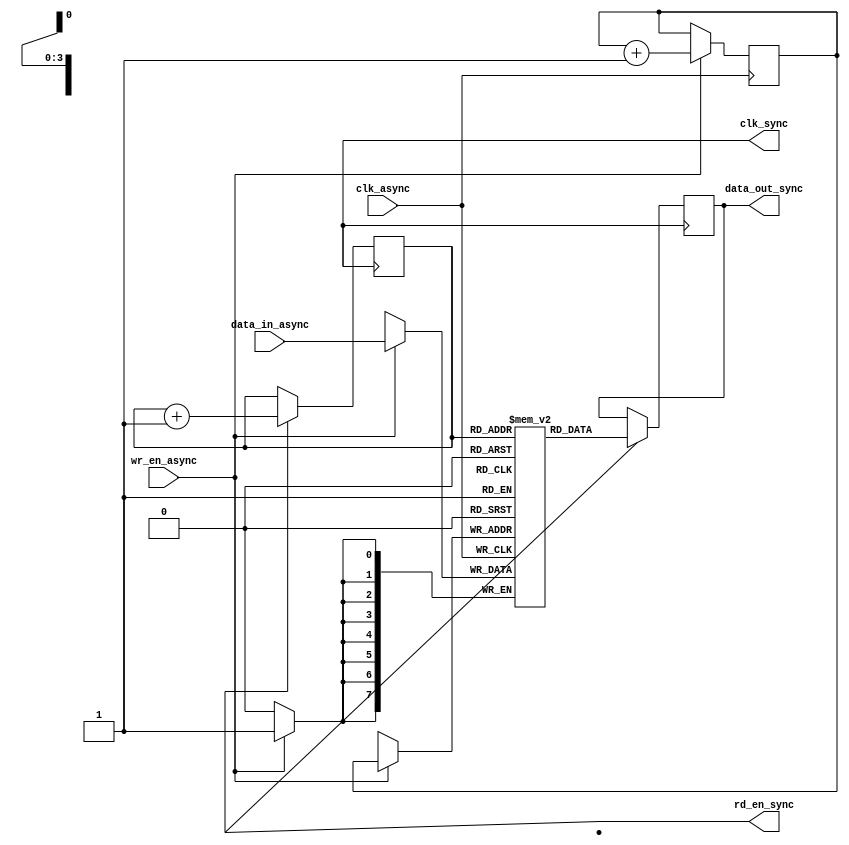
module async_fifo_synchronizer (
  input wire clk_async,
  input wire [7:0] data_in_async,
  input wire wr_en_async,
  output wire clk_sync,
  output wire [7:0] data_out_sync,
  output wire rd_en_sync
);

  reg [7:0] fifo [0:15];
  reg [3:0] wr_ptr;
  reg [3:0] rd_ptr;

  // Timing control block
  always @(posedge clk_async) begin
    if (wr_en_async) begin
      fifo[wr_ptr] <= data_in_async;
      wr_ptr <= wr_ptr + 1;
    end
  end

  // Synchronization block
  always @(posedge clk_sync) begin
    if (rd_en_sync) begin
      data_out_sync <= fifo[rd_ptr];
      rd_ptr <= rd_ptr + 1;
    end
  end

endmodule